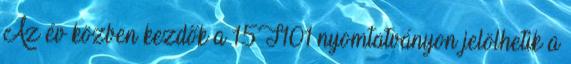
Az év közben kezdők a 15T101 nyomtatványon jelölhetik a